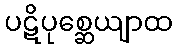
ပဋိပုစ္ဆေယျာထ